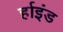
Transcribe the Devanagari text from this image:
र्हाइंड